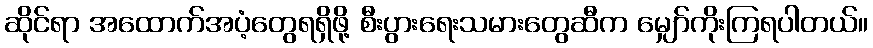
ဆိုင်ရာ အထောက်အပံ့တွေရရှိဖို့ စီးပွားရေးသမားတွေဆီက မျှော်ကိုးကြရပါတယ်။